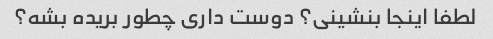
لطفا اینجا بنشینی؟ دوست داری چطور بریده بشه؟